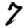
Digit: 7